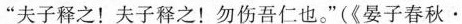
”夫子释之！夫子释之！勿伤吾仁也。”(《晏子春秋\cdot